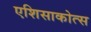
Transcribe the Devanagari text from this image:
एशिसाकोत्स